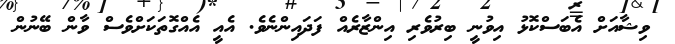
ވިޝާއަށް އެބަސްކޮޅު އިވުނީ ބިރުވެރި އިންޒާރެއް ފަދައިންނެވެ. އެއީ އެއްގޮތަކަށްވެސް ވާން ބޭނުން